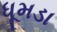
ધૂમડા